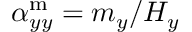
\alpha _ { y y } ^ { \mathrm { m } } = m _ { y } / H _ { y }